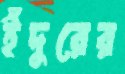
ইঁদুরের